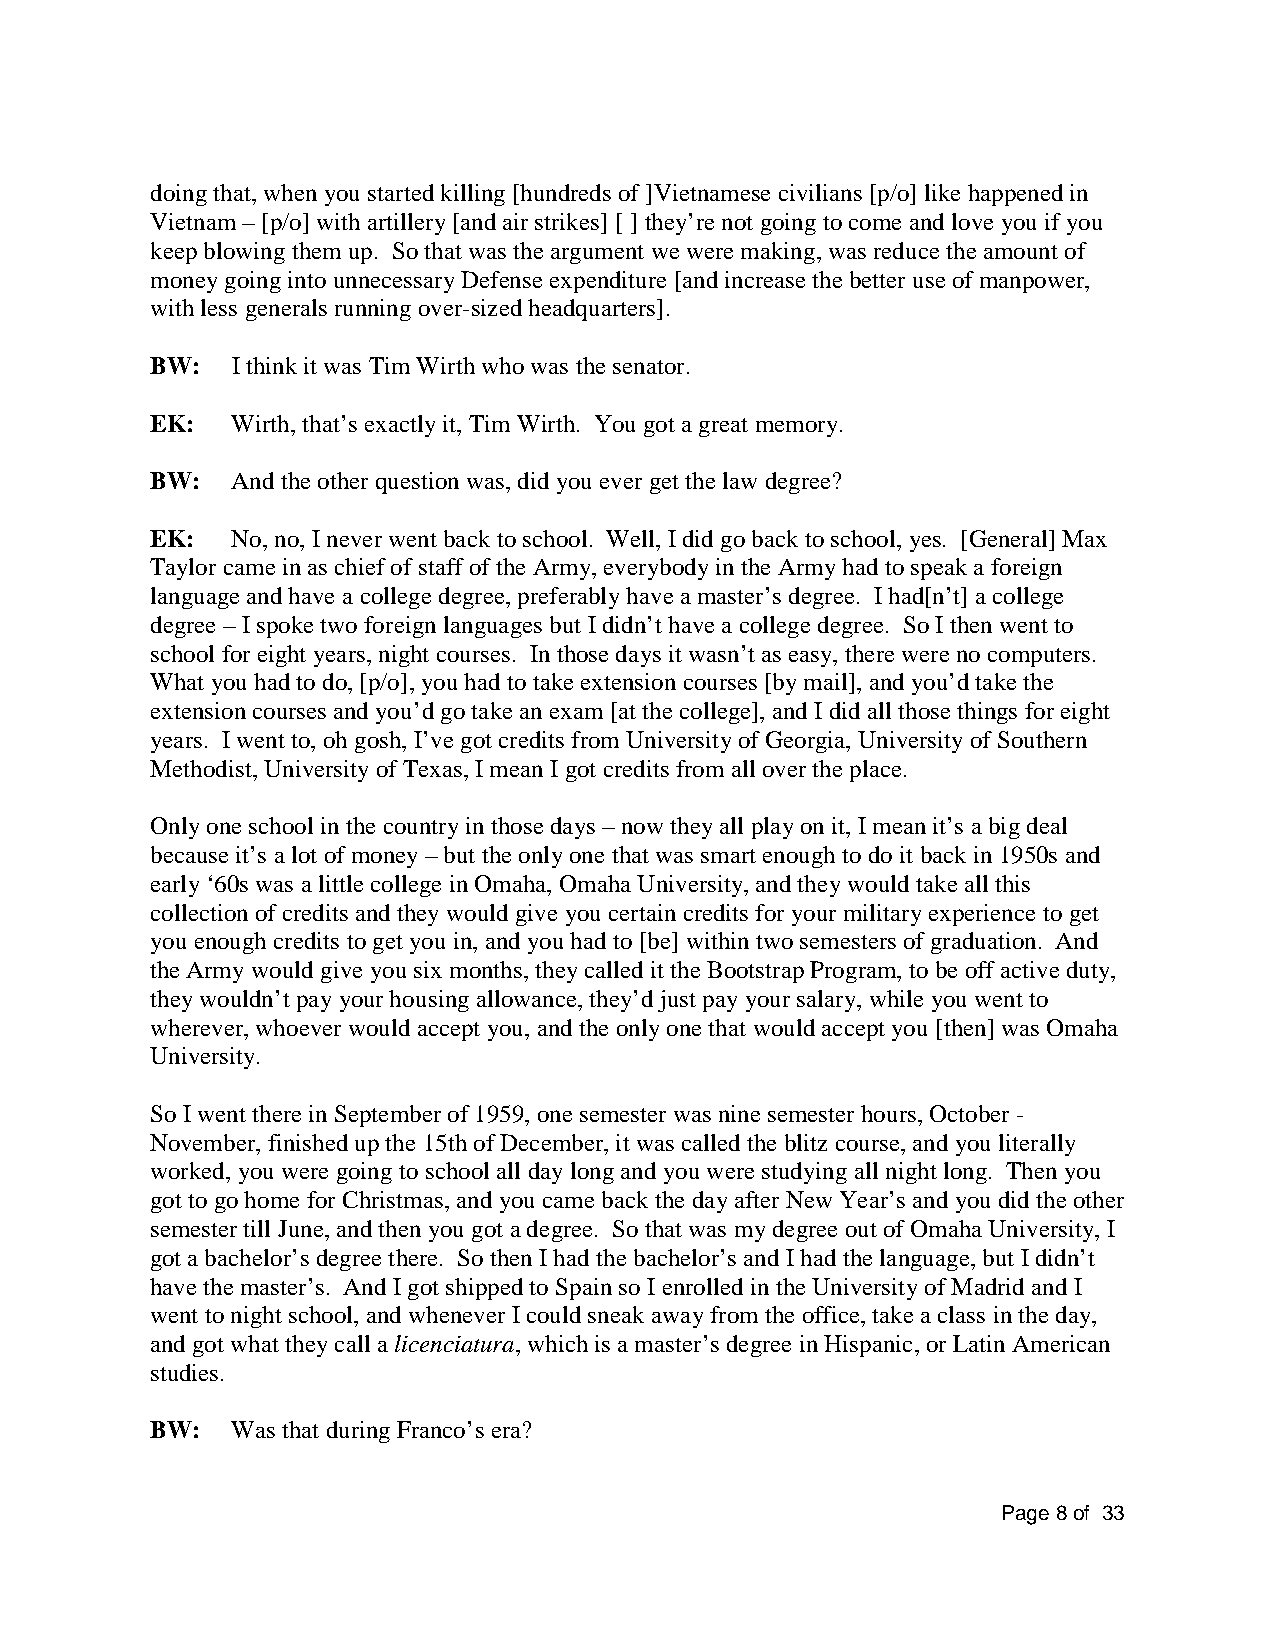
doing that, when you started killing [hundreds of ]Vietnamese civilians [p/o] like happened in
 Vietnam – [p/o] with artillery [and air strikes] [ ] they’re not going to come and love you if you
 keep blowing them up. So that was the argument we were making, was reduce the amount of
 money going into unnecessary Defense expenditure [and increase the better use of manpower,
 with less generals running over-sized headquarters].
 BW:  I think it was Tim Wirth who was the senator.
 EK:  Wirth, that’s exactly it, Tim Wirth. You got a great memory.
 BW:  And the other question was, did you ever get the law degree?
 EK:  No, no, I never went back to school. Well, I did go back to school, yes. [General] Max
 Taylor came in as chief of staff of the Army, everybody in the Army had to speak a foreign
 language and have a college degree, preferably have a master’s degree. I had[n’t] a college
 degree – I spoke two foreign languages but I didn’t have a college degree. So I then went to
 school for eight years, night courses. In those days it wasn’t as easy, there were no computers.
 What you had to do, [p/o], you had to take extension courses [by mail], and you’d take the
 extension courses and you’d go take an exam [at the college], and I did all those things for eight
 years. I went to, oh gosh, I’ve got credits from University of Georgia, University of Southern
 Methodist, University of Texas, I mean I got credits from all over the place.
 Only one school in the country in those days – now they all play on it, I mean it’s a big deal
 because it’s a lot of money – but the only one that was smart enough to do it back in 1950s and
 early ‘60s was a little college in Omaha, Omaha University, and they would take all this
 collection of credits and they would give you certain credits for your military experience to get
 you enough credits to get you in, and you had to [be] within two semesters of graduation. And
 the Army would give you six months, they called it the Bootstrap Program, to be off active duty,
 they wouldn’t pay your housing allowance, they’d just pay your salary, while you went to
 wherever, whoever would accept you, and the only one that would accept you [then] was Omaha
 University.
 So I went there in September of 1959, one semester was nine semester hours, October -
 November, finished up the 15th of December, it was called the blitz course, and you literally
 worked, you were going to school all day long and you were studying all night long. Then you
 got to go home for Christmas, and you came back the day after New Year’s and you did the other
 semester till June, and then you got a degree. So that was my degree out of Omaha University, I
 got a bachelor’s degree there. So then I had the bachelor’s and I had the language, but I didn’t
 have the master’s. And I got shipped to Spain so I enrolled in the University of Madrid and I
 went to night school, and whenever I could sneak away from the office, take a class in the day,
 and got what they call a licenciatura, which is a master’s degree in Hispanic, or Latin American
 studies.
 BW:  Was that during Franco’s era?
 Page 8 of 33